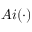
A i ( { \cdot } )